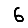
Digit: 6